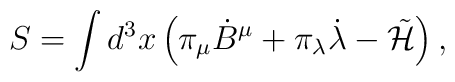
S  =  \int d^3x \left( \pi_\mu {\dot B}^\mu + \pi_\lambda {\dot \lambda}                 - \tilde{\cal H}           \right),